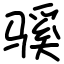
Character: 𫘬